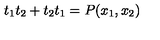
t _ { 1 } t _ { 2 } + t _ { 2 } t _ { 1 } = P ( x _ { 1 } , x _ { 2 } )